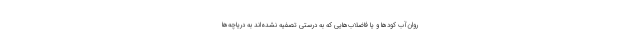
روان‌آب کودها و یا فاضلاب‌هایی که به درستی تصفیه نشده‌اند به دریاچه‌ها